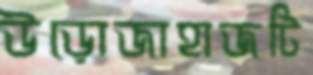
উড়োজাহাজটি